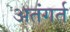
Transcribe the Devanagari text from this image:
अतंगर्त